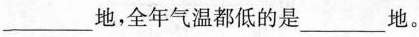
___地，全年气温都低的是___地。